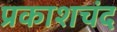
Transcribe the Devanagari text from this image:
प्रकाशचंद